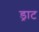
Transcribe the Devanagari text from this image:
ड्राट